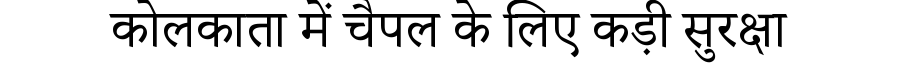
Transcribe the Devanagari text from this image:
कोलकाता में चैपल के लिए कड़ी सुरक्षा